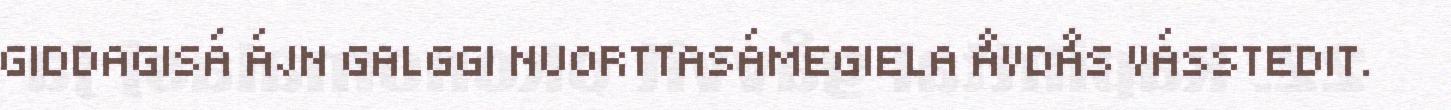
GIDDAGISÁ ÁJN GALGGI NUORTTASÁMEGIELA ÅVDÅS VÁSSTEDIT.